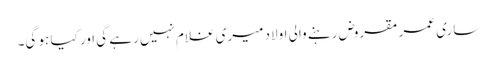
ساری عمر مقروض رہنے والی اولاد میری غلام نہیں رہے گی اور کیا ہو گی۔